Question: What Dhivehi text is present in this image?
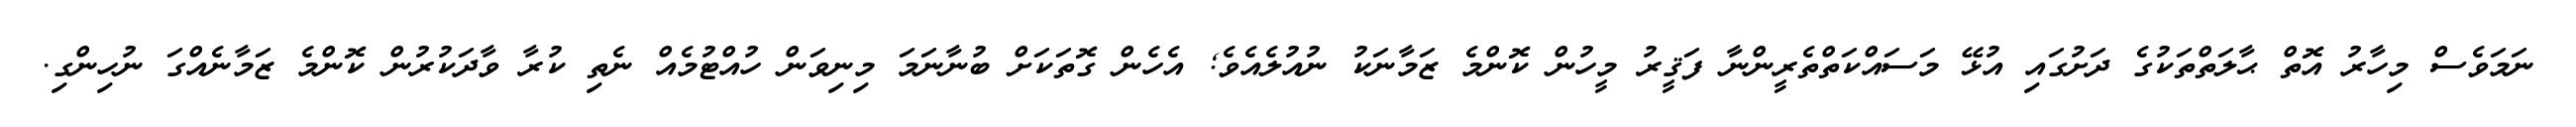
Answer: ނަމަވެސް މިހާރު އޮތް ޙާލަތްތަކުގެ ދަށުގައި އުޅޭ މަސައްކަތްތެރީންނާ ފަޤީރު މީހުން ކޮންމެ ޒަމާނަކު ނުއުލެއެވެ; އެހެން ގޮތަކަށް ބުނާނަމަ މިނިވަން ހުއްޓުމެއް ނެތި ކުރާ ވާދަކުރުން ކޮންމެ ޒަމާނެއްގަ ނުހިންގި.